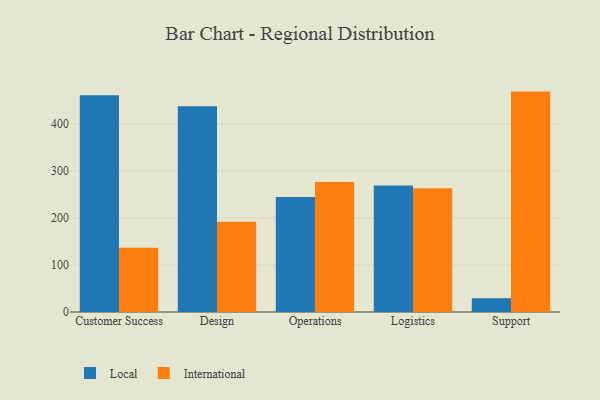
{"axis": {"x": "Department", "y": "Market Share (%)"}, "legend": ["International", "Local"], "data": [{"x": "Customer Success", "y": 461.0, "type": "Local"}, {"x": "Customer Success", "y": 136.4, "type": "International"}, {"x": "Design", "y": 437.4, "type": "Local"}, {"x": "Design", "y": 192.1, "type": "International"}, {"x": "Operations", "y": 244.5, "type": "Local"}, {"x": "Operations", "y": 276.5, "type": "International"}, {"x": "Logistics", "y": 269.0, "type": "Local"}, {"x": "Logistics", "y": 262.9, "type": "International"}, {"x": "Support", "y": 29.1, "type": "Local"}, {"x": "Support", "y": 468.6, "type": "International"}]}